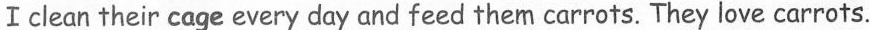
I clean their cage everyday and feed them carrots. They love carrots.